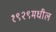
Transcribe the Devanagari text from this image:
१९२९मधील